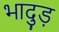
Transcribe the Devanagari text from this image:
भादुड़